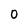
Character: 0